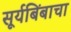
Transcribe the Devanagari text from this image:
सूर्यबिंबाचा